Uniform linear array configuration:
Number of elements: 12
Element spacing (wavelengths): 0.75
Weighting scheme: uniform
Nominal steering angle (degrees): -30
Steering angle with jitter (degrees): -30.979
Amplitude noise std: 0.05
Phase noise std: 0.05

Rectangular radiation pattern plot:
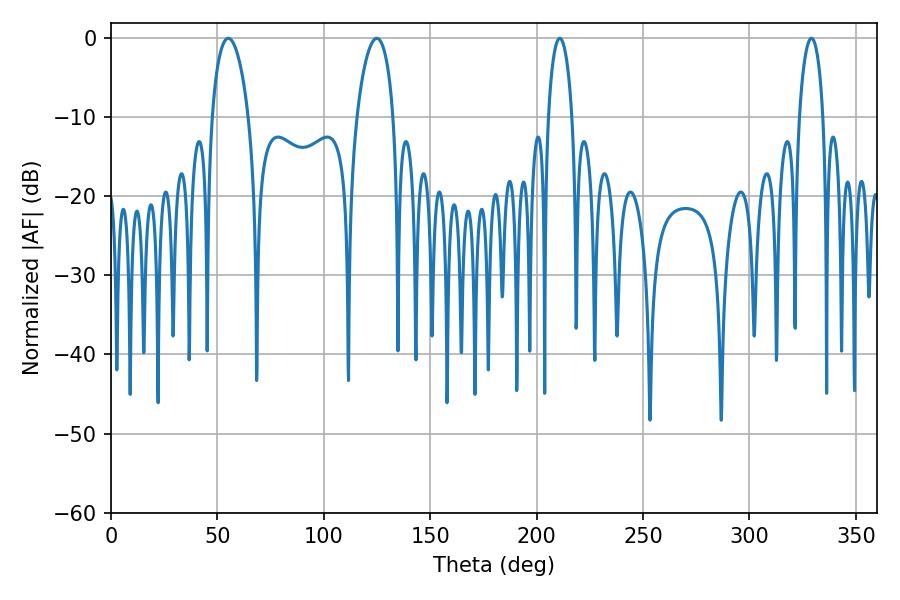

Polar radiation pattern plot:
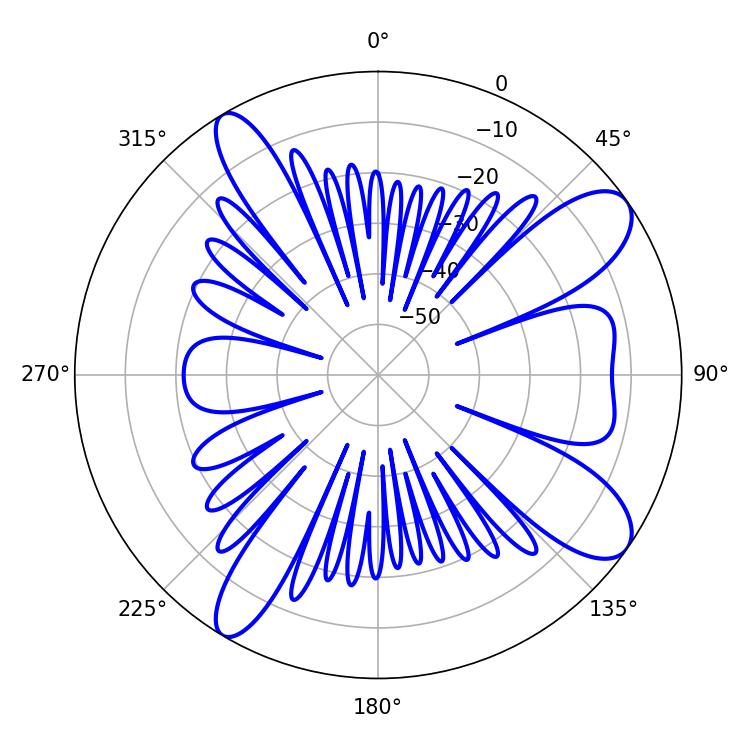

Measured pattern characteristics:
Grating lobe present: TRUE
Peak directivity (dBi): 10.115
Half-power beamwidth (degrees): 9.72
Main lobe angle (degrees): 55.08